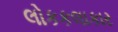
લોકકલાકાર